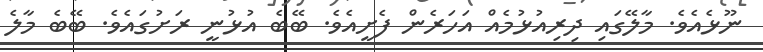
ނޫޅެއެވެ. މާލޭގައި ދިރިއުޅުމެއް އަހަރެން ފެށީއެވެ. ބޭބެ އުޅުނީ ރަށުގައެވެ. ބޭބެ މާލެ